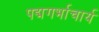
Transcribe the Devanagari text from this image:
पद्मगर्भाचार्य